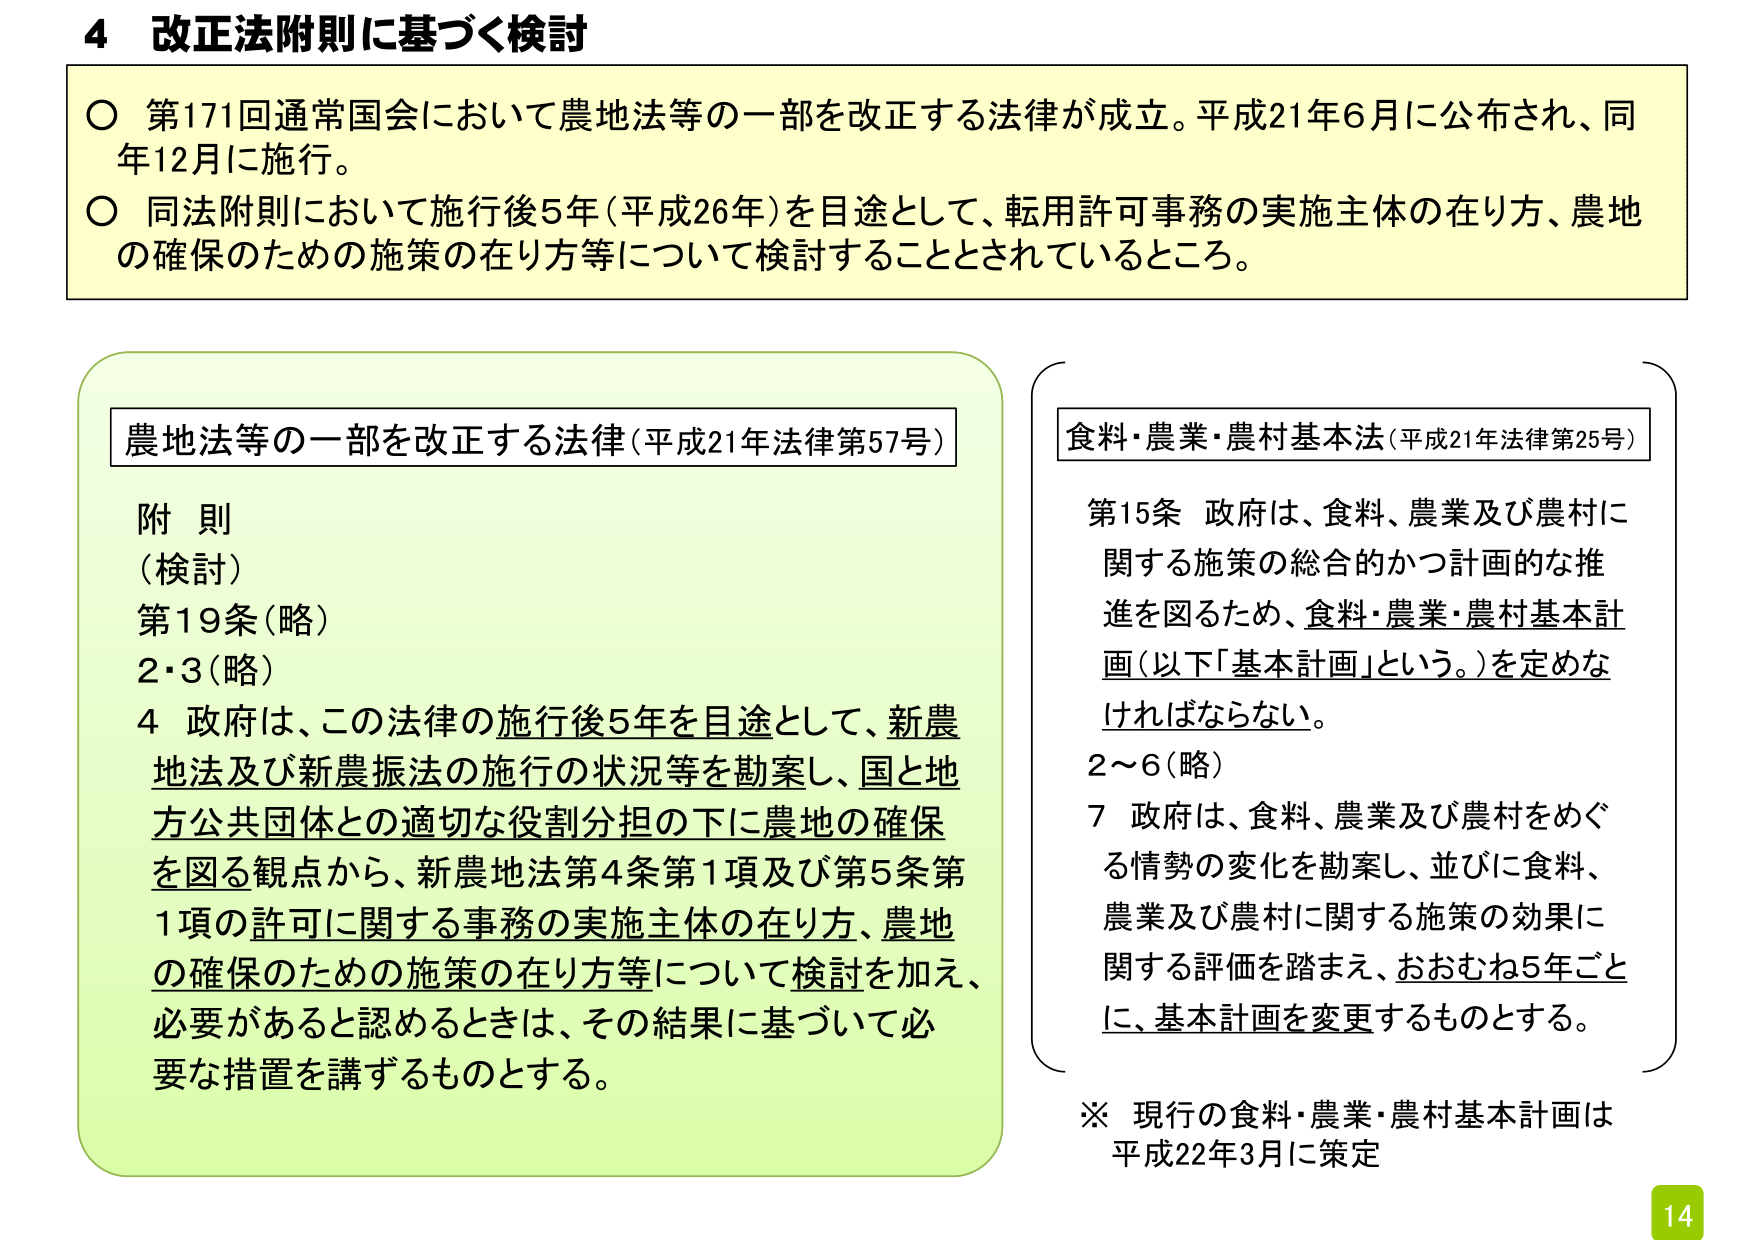
4 改正法附則に基づく検討

○ 第171回通常国会において農地法等の一部を改正する法律が成立。平成21年6月に公布され、同年12月に施行。
○ 同法附則において施行後5年（平成26年）を目途として、転用許可事務の実施主体の在り方、農地の確保のための施策の在り方等について検討することとされているところ。

農地法等の一部を改正する法律（平成21年法律第57号）
附 則
（検討）
第19条（略）
2・3（略）
4 政府は、この法律の施行後5年を目途として、新農地法及び新農振法の施行の状況等を勘案し、国と地方公共団体との適切な役割分担の下に農地の確保を図る観点から、新農地法第4条第1項及び第5条第1項の許可に関する事務の実施主体の在り方、農地の確保のための施策の在り方等について検討を加え、必要があると認めるときは、その結果に基づいて必要な措置を講ずるものとする。

食料・農業・農村基本法（平成21年法律第25号）
第15条 政府は、食料、農業及び農村に関する施策の総合的かつ計画的な推進を図るため、食料・農業・農村基本計画（以下「基本計画」という。）を定めなければならない。
2～6（略）
7 政府は、食料、農業及び農村をめぐる情勢の変化を勘案し、並びに食料、農業及び農村に関する施策の効果に関する評価を踏まえ、おおむね5年ごとに、基本計画を変更するものとする。

※ 現行の食料・農業・農村基本計画は平成22年3月に策定

14